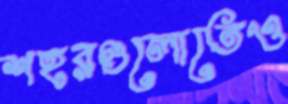
শহরগুলোতেও